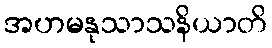
အဟမနုသာသနိယာတိ